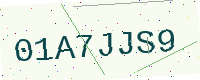
Text: 01A7JJS9